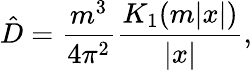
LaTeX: \hat{D}=\frac{m^{3}}{4\pi^{2}}\frac{K_{1}(m|x|)}{\left|x\right|},